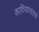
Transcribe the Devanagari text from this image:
काठियावाडचे